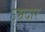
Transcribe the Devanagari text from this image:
उम्रदार